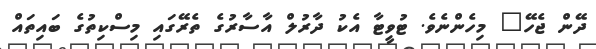
ދޭން ޖެހޭ" މިހެންނެވެ. ޓުވީޓާ އެކު ދާރުލް އާސާރުގެ ތެރޭގައި މިސްކިތުގެ ބައިތައް